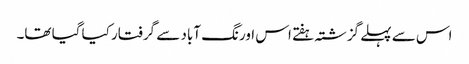
اس سے پہلے گزشتہ ہفتے اس اورنگ آباد سے گرفتار کیا گیا تھا۔